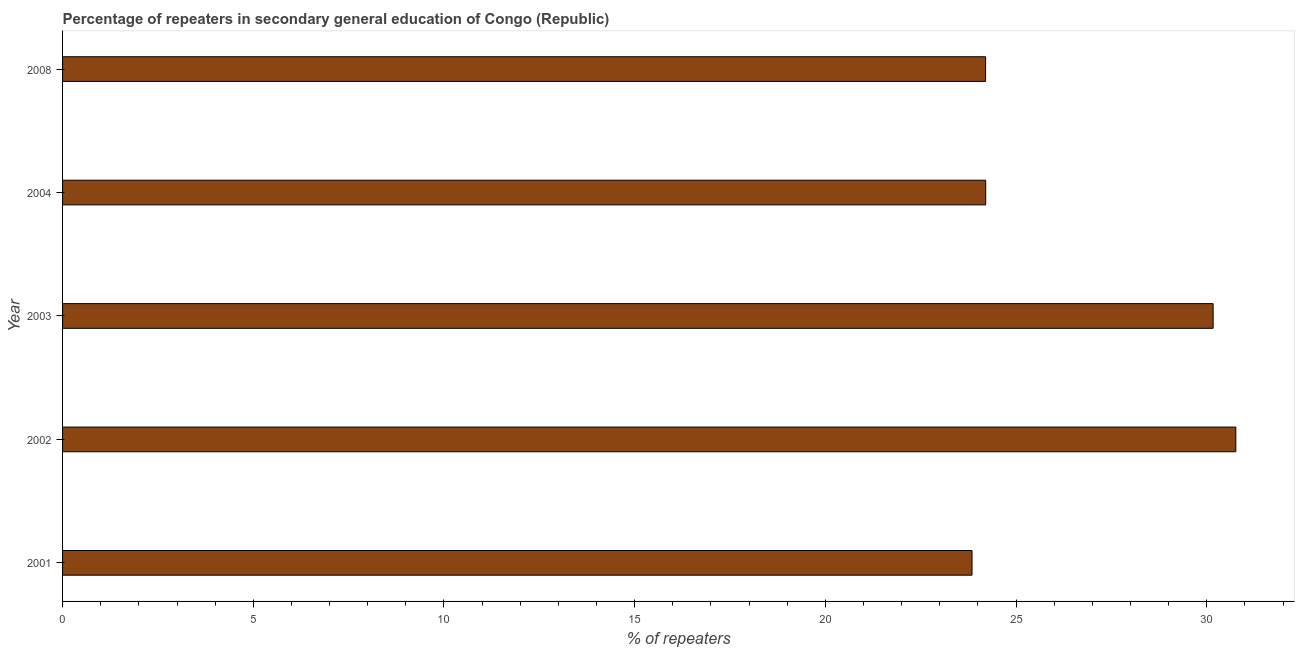
| Year | Percentage of repeaters |
 | --- | --- |
 | 2001 | 23.8 |
 | 2002 | 30.8 |
 | 2003 | 30.2 |
 | 2004 | 24.2 |
 | 2008 | 24.2 |